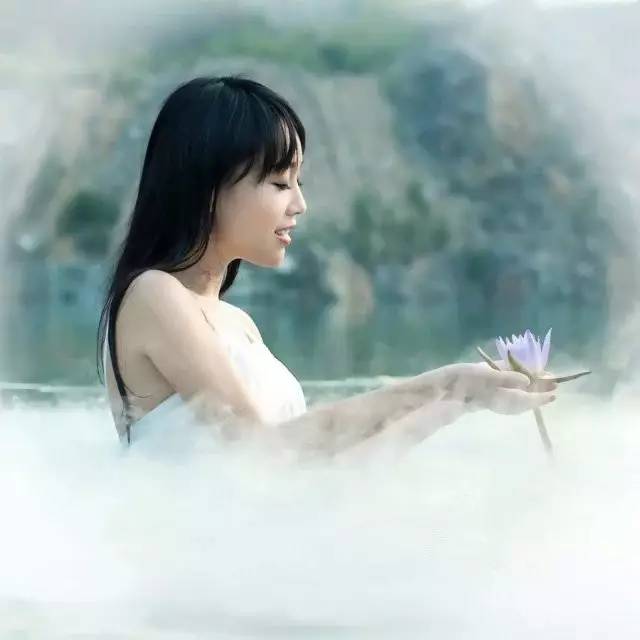
盈盈一水间，脉脉不得语。